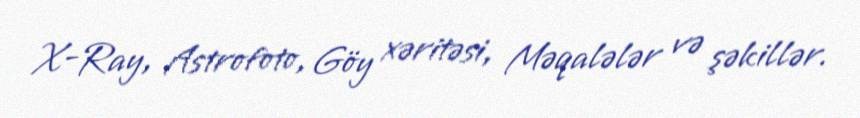
X-Ray, Astrofoto, Göy xəritəsi, Məqalələr və şəkillər.